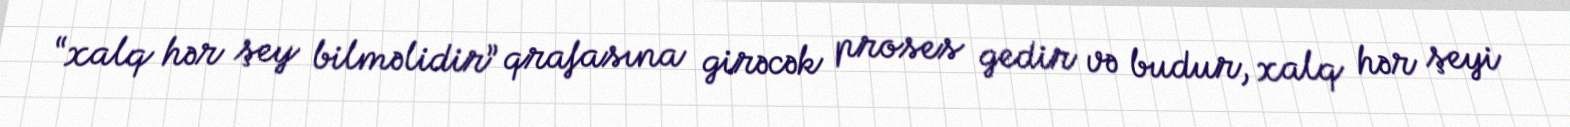
“xalq hər şey bilməlidir” qrafasına girəcək proses gedir və budur, xalq hər şeyi